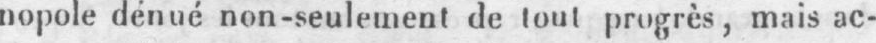
nopole dénué non-seulement de tout progrès, mais ac-